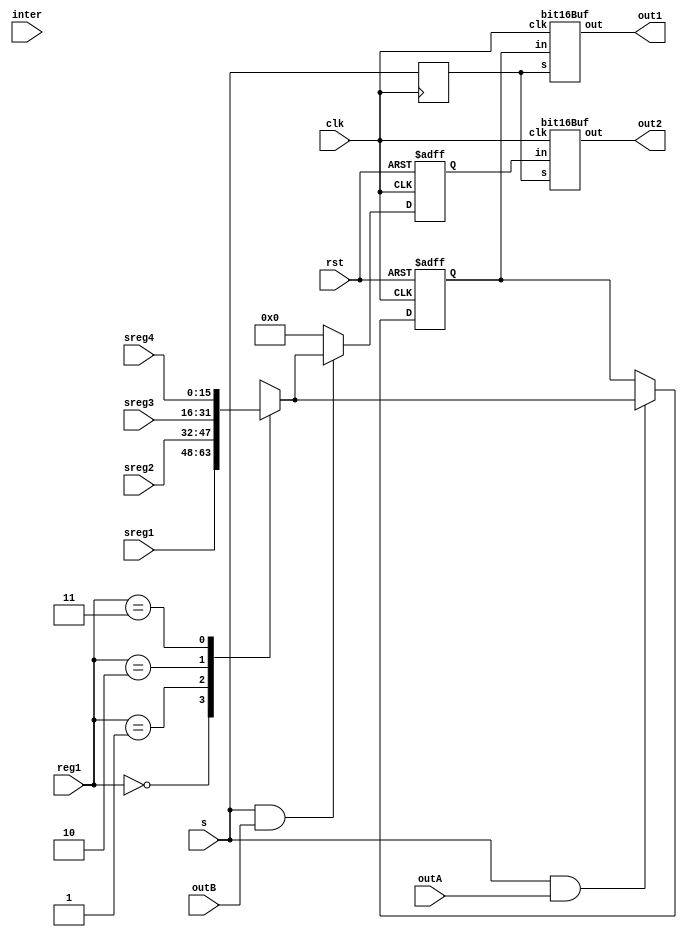


module outputX(
	input clk,
	input rst,
	
	input inter,
	
	input[1:0] reg1,
	
	input[15:0] sreg1,
	input[15:0] sreg2,
	input[15:0] sreg3,
	input[15:0] sreg4,
	
	input outA,
	input outB,
	
	input s,
	
	output[15:0] out1,
	output[15:0] out2
);
reg[15:0] n_out1a;
reg[15:0] n_out1b;
reg[15:0] n_out2;

reg[15:0] s_out1a;
reg[15:0] s_out1b;
reg[15:0] s_out2;

always@(posedge clk or posedge rst)begin
	if(rst)begin
		s_out1a <= 0;

	end else
	begin
		s_out1a <= n_out1a;
	end
end


always@(posedge clk or posedge rst)begin
	if(rst)begin
		s_out1b <= 0;

	end else
	begin
		s_out1b <= n_out1b;
	end
end

always@(posedge clk or posedge rst)begin
	if(rst)begin
		s_out2 <= 0;
	end else
	begin
		s_out2 <= n_out2;
	end
end

always@(*)begin
	n_out2 = 0;
	
	if(s & outB) begin
			case(reg1)
				0: n_out2 = sreg1;
				1: n_out2 = sreg2;
				2: n_out2 = sreg3;
				3: n_out2 = sreg4;
			endcase
		
	
	end
end

always@(*)begin
	n_out1a = s_out1a;
	n_out1b = s_out1b;
	
	if(s & outA) begin
			case(reg1)
				0: n_out1a = sreg1;
				1: n_out1a = sreg2;
				2: n_out1a = sreg3;
				3: n_out1a = sreg4;
			endcase
	end
end

reg ns;

always@(posedge clk)
	ns <= s;

bit16Buf buf1(
	.clk(clk),
	.s(ns),
	.in(s_out1a),
	.out(out1)
);


bit16Buf buf2(
	.clk(clk),
	.s(ns),
	.in(s_out2),
	.out(out2)
);

endmodule

module bit16Buf(
	input clk,
	
	input s,
	
	input[15:0] in,
	output reg[15:0] out
);

always@(posedge clk)
	if(s) out <= in;
	else out <= 0;
endmodule